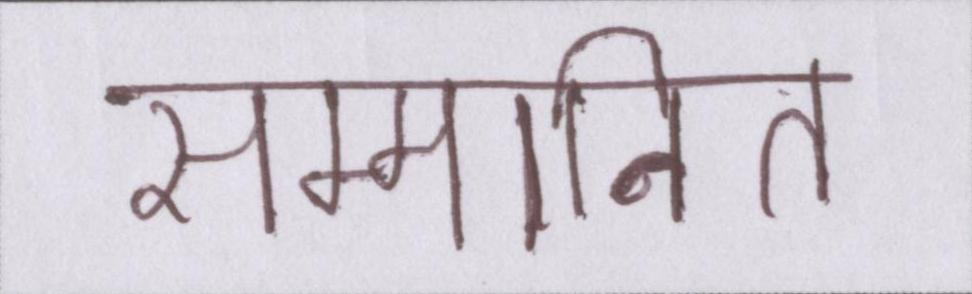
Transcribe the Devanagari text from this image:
सम्मानित